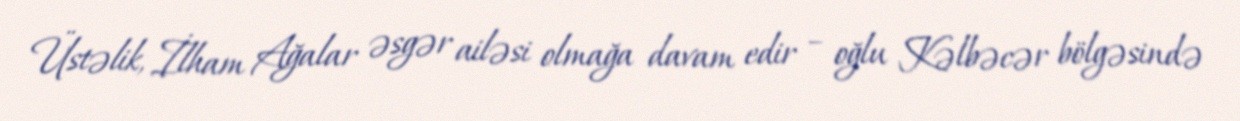
Üstəlik, İlham Ağalar əsgər ailəsi olmağa davam edir – oğlu Kəlbəcər bölgəsində